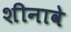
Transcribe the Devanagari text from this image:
शीनावे